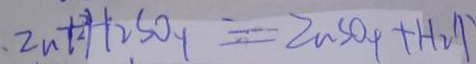
2 n + H 2 S O _ { - 1 } = Z u S O _ { 4 } + H _ { 2 } \uparrow